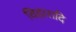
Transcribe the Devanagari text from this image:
विहारादि